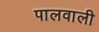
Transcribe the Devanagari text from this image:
पालवाली